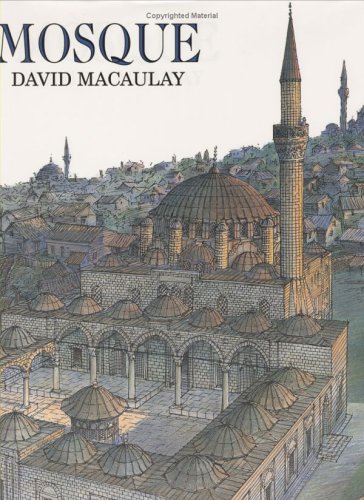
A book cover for Mosque; David Macaulay; Children's Books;